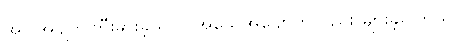
အပြိုအပျက်ကြီးမားခဲ့သလို အသေအပျောက်လည်း များခဲ့ပါတယ်။